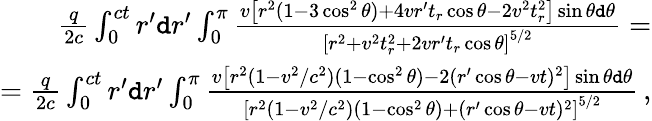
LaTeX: \begin{array}{r}{\frac{q}{2c}\int_{0}^{ct}r^{\prime}\mathtt{d}r^{\prime}\int_{0}^{\pi}\frac{v\left[r^{2}(1-3\cos^{2}\theta)+4vr^{\prime}t_{r}\cos\theta-2v^{2}t_{r}^{2}\right]\sin\theta\mathtt{d}\theta}{\left[r^{2}+v^{2}t_{r}^{2}+2vr^{\prime}t_{r}\cos\theta\right]^{5/2}}=}\\ {=\frac{q}{2c}\int_{0}^{ct}r^{\prime}\mathtt{d}r^{\prime}\int_{0}^{\pi}\frac{v\left[r^{2}(1-v^{2}/c^{2})(1-\cos^{2}\theta)-2(r^{\prime}\cos\theta-vt)^{2}\right]\sin\theta\mathtt{d}\theta}{\left[r^{2}(1-v^{2}/c^{2})(1-\cos^{2}\theta)+(r^{\prime}\cos\theta-vt)^{2}\right]^{5/2}}\, ,}\end{array}